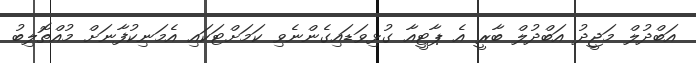
އަބްދުލް މަޖީދު އަބްދުލް ބާރީ އެ ޕާޓީއާ ގުޅިވަޑައިގެންނެވި ކަމަށްޓަކައި އެމަނިކުފާނަށްް މުއްތޮލިބު